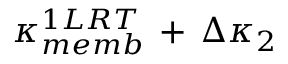
\kappa _ { m e m b } ^ { 1 L R T } \, + \, \Delta \kappa _ { 2 }